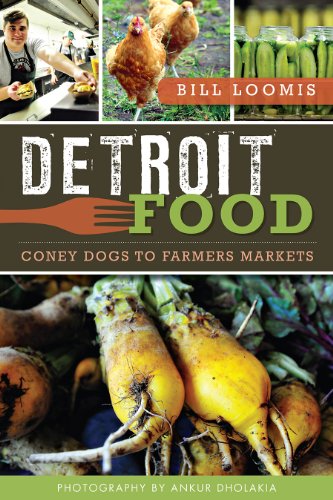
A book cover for Detroit Food:: Coney Dogs to Farmers Markets (American Palate); Bill Loomis; Cookbooks, Food & Wine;